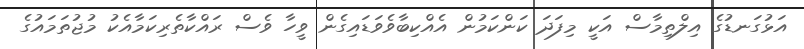
އަޅުގަނޑުގެ އިލްތިމާސް އަކީ މިފަދަ ކަންކަމުން އެއްކިބާވެވަޑައިގެން ވީހާ ވެސް ރައްކާތެރިކަމާއެކު މުޖުތަމައުގެ